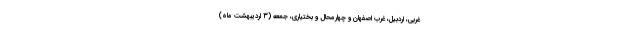
غربی، اردبیل، غرب اصفهان و چهارمحال و بختیاری، جمعه (۳ اردیبهشت ماه)